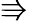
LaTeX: \Rrightarrow